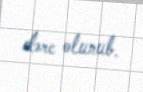
dərc olunub.